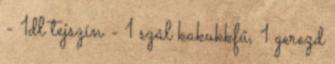
- 1dl tejszín - 1 szál kakukkfű, 1 gerezd